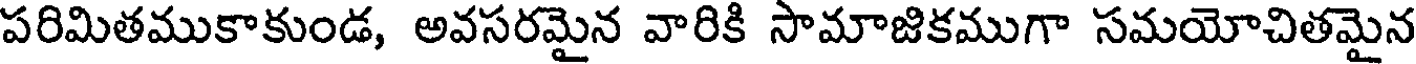
పరిమితముకాకుండ, అవసరమైన వారికి సామాజికముగా సమయోచితమైన